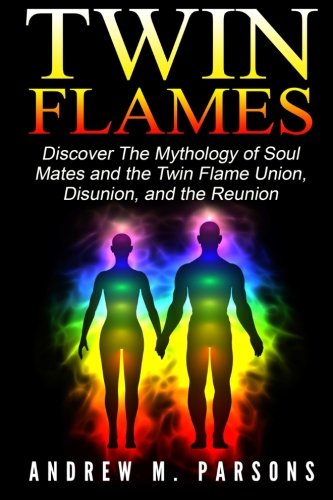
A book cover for Twin Flames: Discover the Mythology of Soul Mates and the Twin Flame Union, Disunion, and the Reunion (Spiritual Partner) (Volume 1); Andrew M. Parsons; Religion & Spirituality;